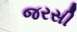
જરસી